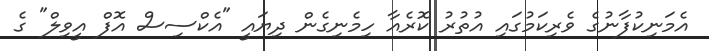
އެމަނިކުފާނުގެ ވެރިކަމުގައި އުތުރު ކޮރެއާ ހިމެނިގެން ދިޔައީ "އެކްސިސް އޮފް އީވިލް" ގެ